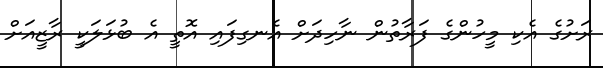
ރަށުގެ އެކި މީހުންގެ ފަރާތުން ނާހިދަށް އެނގިފައި އޮތީ އެ ބުޅަލަކީ ރާޒީއަށް